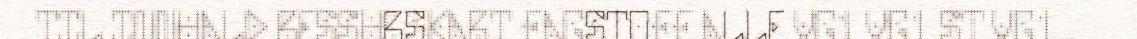
TIL INNHALD RESSURSKART FAGSTOFF ALLE VG1 VG1 ST VG1